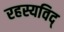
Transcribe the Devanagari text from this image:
रहस्यविद्